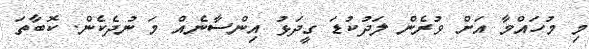
މި މުހައްމާ އަށް ވުރެން ލަދުކުޑަ ގީދަޅު އިންސާނެއް މަ ނުދެކެން. ކޮބާތަ